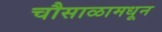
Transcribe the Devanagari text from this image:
चौसाळामधून